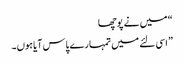
“ میں نے پوچھا
” اسی لئے میں تمہارے پاس آیا ہوں۔